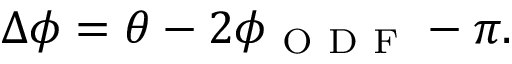
\Delta \phi = \theta - 2 \phi _ { \mathrm { ~ O ~ D ~ F ~ } } - \pi .